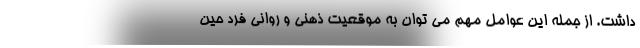
داشت. از جمله این عوامل مهم می توان به موقعیت ذهنی و روانی فرد حین